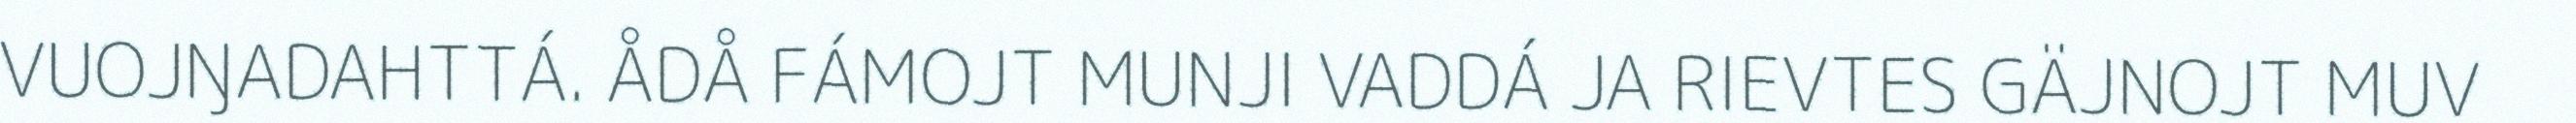
VUOJŊADAHTTÁ. ÅDÅ FÁMOJT MUNJI VADDÁ JA RIEVTES GÄJNOJT MUV